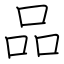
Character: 品